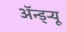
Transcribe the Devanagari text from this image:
अॅन्ड्‌र्‍यू